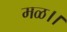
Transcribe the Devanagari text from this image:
मळ।।